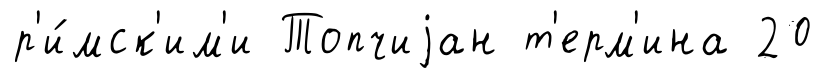
р'и́мск'им'и Топчиjан т'ерм'ина 20